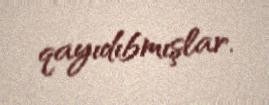
qayıdıbmışlar.